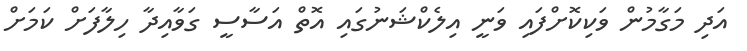
އަދި މަގާމުން ވަކިކޮށްފައި ވަނީ އިލެކްޝަނުގައި އޮތް އަސާސީ ގަވާއިދާ ހިލާފަށް ކަމަށް